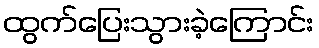
ထွက်ပြေးသွားခဲ့ကြောင်း